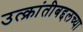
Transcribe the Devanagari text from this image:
उत्क्रांतीबद्दलच्या